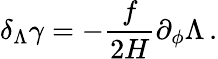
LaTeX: \delta_{\Lambda}\gamma=-\frac{f}{2H}\partial_{\phi}\Lambda\, .